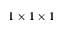
1 \times 1 \times 1